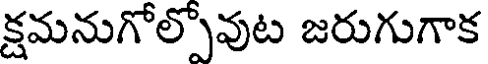
క్షమనుగోల్పోవుట జరుగుగాక